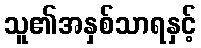
သူ၏အနှစ်သာရနှင့်